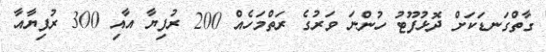
ގާތްގަނޑަކަށް ދޮޅުފޫޓު ހުންނަ ވަރުގެ ރަތްމަހެއް 200 ރުފިޔާ އާއި 300 ރުފިޔާއާ